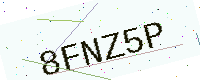
Text: 8FNZ5P